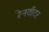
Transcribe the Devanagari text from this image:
रेनवॉटर